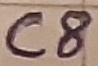
Text: C8